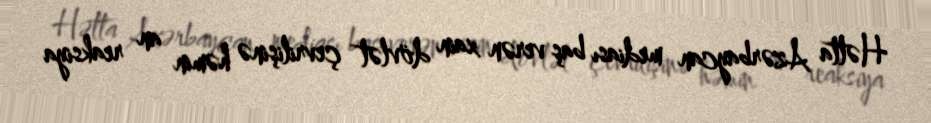
Hətta Azərbaycan mediası baş verən xain dövlət çevrilişinə həmin an reaksiya